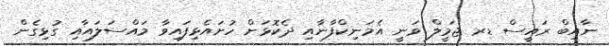
ނާއިބް ރައީސް ޑރ ޖަމީލް ވަނީ އެމަނިކްފާނާއި ދެކޮޅަށް ހުށައެޅިފައިވާ މައްސަލައާއި ގުޅިގެން